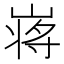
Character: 𡺃